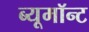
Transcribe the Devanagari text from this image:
ब्यूमॉन्ट